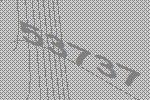
53737